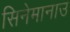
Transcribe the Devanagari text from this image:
सिनेमानाउ